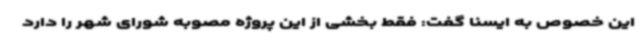
این خصوص به ایسنا گفت: فقط بخشی از این پروژه مصوبه شورای شهر را دارد